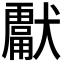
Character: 𭸮